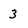
Character: 3